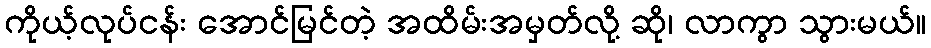
ကိုယ့်လုပ်ငန်း အောင်မြင်တဲ့ အထိမ်းအမှတ်လို့ ဆို၊ လာကွာ သွားမယ်။